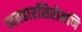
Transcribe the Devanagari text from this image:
व्यवहारशिरोमणि